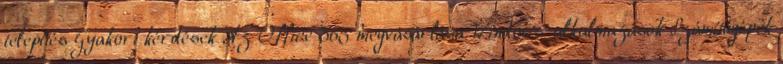
telepítés Gyakori kérdések Az Office 365 megvásárlása Windows-alkalmazások Számítógépek